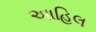
આહિલ